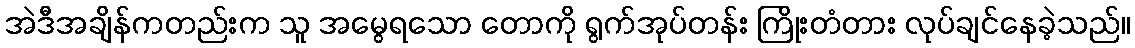
အဲဒီအချိန်ကတည်းက သူ အမွေရသော တောကို ရွက်အုပ်တန်း ကြိုးတံတား လုပ်ချင်နေခဲ့သည်။